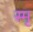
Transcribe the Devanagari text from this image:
स्मृ